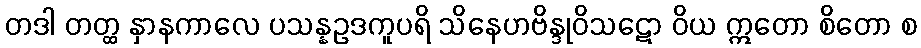
တဒါ တတ္ထ နှာနကာလေ ပသန္နဥဒကူပရိ သိနေဟဗိန္ဒုဝိသဋော ဝိယ ဣတော စိတော စ